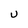
Character: U